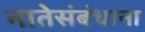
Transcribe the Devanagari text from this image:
नातेसंबंधाना